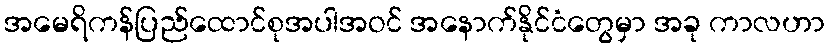
အမေရိကန်ပြည်ထောင်စုအပါအဝင် အနောက်နိုင်ငံတွေမှာ အခု ကာလဟာ